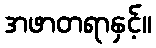
အဖာတရာနှင့်။